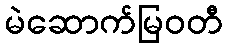
မဲဆောက်မြဝတီ